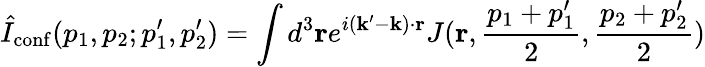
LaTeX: \hat{I}_{\mathrm{conf}}(p_{1},p_{2};p_{1}^{\prime},p_{2}^{\prime})=\int d^{3}{\mathbf r}e^{i({\mathbf k}^{\prime}-{\mathbf k})\cdot{\mathbf r}}J({\mathbf r},{\frac{{p}_{1}+p_{1}^{\prime}}{2}},{\frac{p_{2}+p_{2}^{\prime}}{2}})